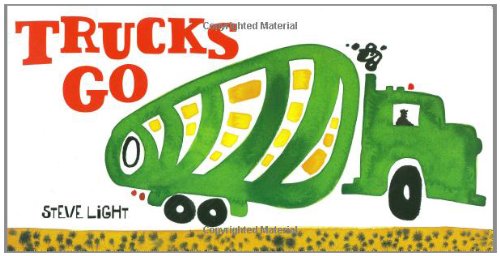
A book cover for Trucks Go; Steve Light; Children's Books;